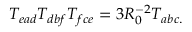
T _ { e a d } T _ { d b f } T _ { f c e } = 3 R _ { 0 } ^ { - 2 } T _ { a b c . }